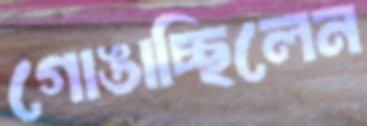
গোঙাচ্ছিলেন